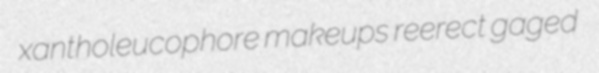
xantholeucophore makeups reerect gaged